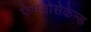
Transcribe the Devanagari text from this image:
फेमतोसेकेन्‍ड